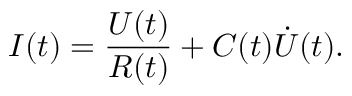
I ( t ) = \frac { U ( t ) } { R ( t ) } + C ( t ) \dot { U } ( t ) .